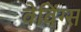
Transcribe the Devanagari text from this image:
वेविंग्स